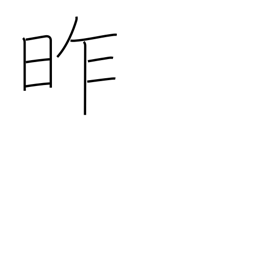
Meaning: yesterday